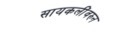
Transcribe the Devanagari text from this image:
सायकलींवरुन